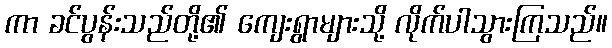
ကာ ခင်ပွန်းသည်တို့၏ ကျေးရွာများသို့ လိုက်ပါသွားကြသည်။